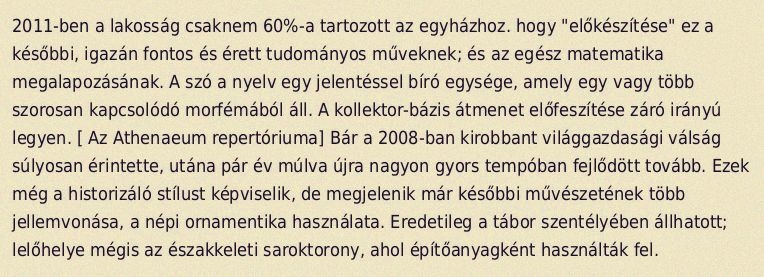
2011-ben a lakosság csaknem 60%-a tartozott az egyházhoz. hogy "előkészítése" ez a későbbi, igazán fontos és érett tudományos műveknek; és az egész matematika megalapozásának. A szó a nyelv egy jelentéssel bíró egysége, amely egy vagy több szorosan kapcsolódó morfémából áll. A kollektor-bázis átmenet előfeszítése záró irányú legyen. [ Az Athenaeum repertóriuma] Bár a 2008-ban kirobbant világgazdasági válság súlyosan érintette, utána pár év múlva újra nagyon gyors tempóban fejlődött tovább. Ezek még a historizáló stílust képviselik, de megjelenik már későbbi művészetének több jellemvonása, a népi ornamentika használata. Eredetileg a tábor szentélyében állhatott; lelőhelye mégis az északkeleti saroktorony, ahol építőanyagként használták fel.